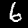
Label: 6